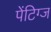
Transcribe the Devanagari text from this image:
पेंटिग्ज